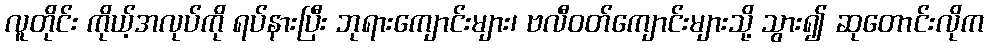
လူတိုင်း ကိုယ့်အလုပ်ကို ရပ်နားပြီး ဘုရားကျောင်းများ၊ ဗလီဝတ်ကျောင်းများသို့ သွား၍ ဆုတောင်းလိုက